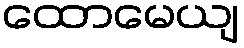
ထောမေယျ